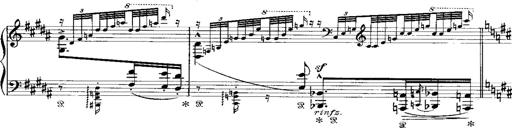
Title: Miserere du Trovatore
Composer: Franz Liszt